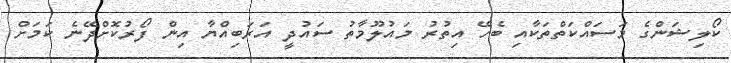
ކޯލިޝަންގެ މަސައްކަތްތަކާއި ބެހޭ އިތުރު މައުލޫމާތު ސައުދީ އަރަބިއްޔާ އިން ފޯރުކޮށްދޭނެ ކަމަށް